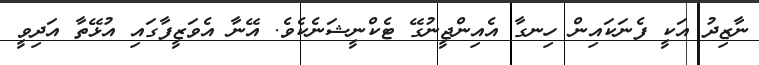
ނާޒިދު އަކީ ފެނަކައިން ހިނގާ އެއިންޖީނުގޭ ޓެކްނީޝަނެކެވެ. އޭނާ އެވަޒީފާގައި އުޅޭތާ އަދިވީ